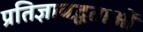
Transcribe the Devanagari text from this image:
प्रतिज्ञाबद्धताओं